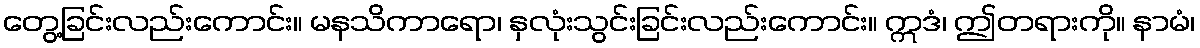
တွေ့ခြင်းလည်းကောင်း။ မနသိကာရော၊ နှလုံးသွင်းခြင်းလည်းကောင်း။ ဣဒံ၊ ဤတရားကို။ နာမံ၊